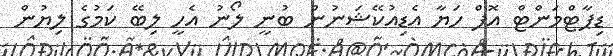
ޑިޕާޓްމަންޓް އޮފް ހަޔާ އެޑިއުކޭޝަނުން ބުނީ ލޯނު އެހީ ލިބޭ ކަމުގެ ލިޔުން